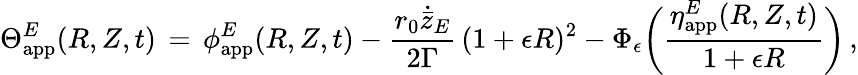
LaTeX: \Theta_{\mathrm{app}}^{E}(R,Z,t)\, =\, \phi_{\mathrm{app}}^{E}(R,Z,t)-\frac{r_{0}\dot{\bar{z}}_{E}}{2\Gamma}\, (1+\epsilon R)^{2}-\Phi_{\epsilon}\biggl(\frac{\eta_{\mathrm{app}}^{E}(R,Z,t)}{1+\epsilon R}\biggr)\, ,